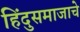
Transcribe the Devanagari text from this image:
हिंदुसमाजाचे